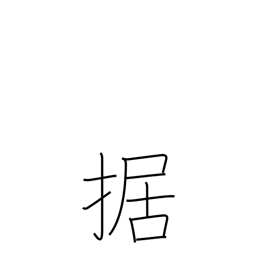
Meaning: equip